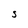
Character: S